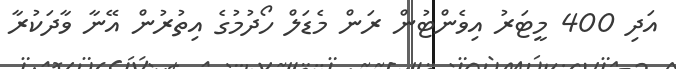
އަދި 400 މީޓަރު އިވެންޓުން ރަން މެޑަލް ހޯދުމުގެ އިތުރުން އޭނާ ވާދަކުރާ